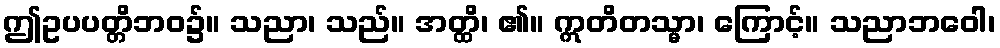
ဤဥပပတ္တိဘဝ၌။ သညာ၊ သည်။ အတ္ထိ၊ ၏။ ဣတိတသ္မာ၊ ကြောင့်။ သညာဘဝေါ၊